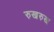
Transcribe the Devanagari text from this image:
रुखरुख